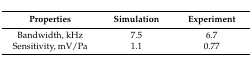
<table><thead><tr><td><b>Properties</b></td><td><b>Simulation</b></td><td><b>Experiment</b></td></tr></thead><tbody><tr><td>Bandwidth, kHz</td><td>7.5</td><td>6.7</td></tr><tr><td>Sensitivity, mV/Pa</td><td>1.1</td><td>0.77</td></tr></tbody></table>